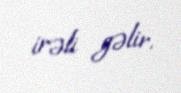
irəli gəlir.